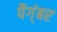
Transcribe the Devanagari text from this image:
पैग्ंबर